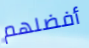
أفضلهم